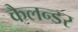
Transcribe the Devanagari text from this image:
कैलन्डर